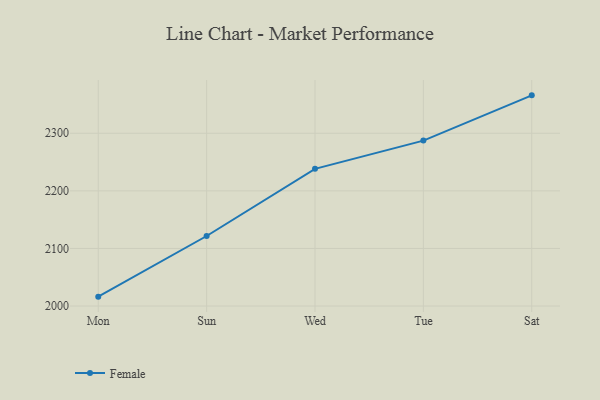
{"axis": {"x": "Day", "y": "Gross Profit (USD K)"}, "legend": ["Female"], "data": [{"x": "Mon", "y": 2016.3, "type": "Female"}, {"x": "Sun", "y": 2121.6, "type": "Female"}, {"x": "Wed", "y": 2238.2, "type": "Female"}, {"x": "Tue", "y": 2287.2, "type": "Female"}, {"x": "Sat", "y": 2365.8, "type": "Female"}]}